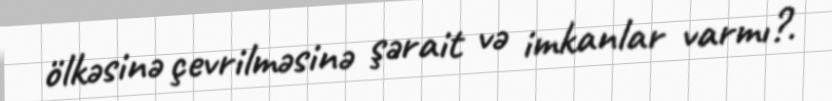
ölkəsinə çevrilməsinə şərait və imkanlar varmı?.